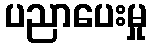
ပညာပေးမှု